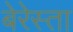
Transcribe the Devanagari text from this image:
बेरेस्ता